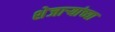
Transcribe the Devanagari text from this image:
शेजाऱ्यांच्या